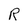
Character: R